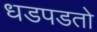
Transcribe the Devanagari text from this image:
धडपडतो